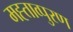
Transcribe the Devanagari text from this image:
मह्ताव्पुरण